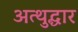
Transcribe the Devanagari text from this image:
अत्थुद्धार